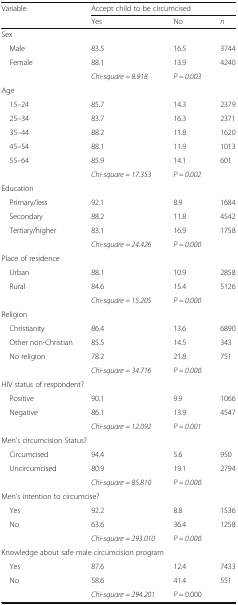
<table><thead><tr><td rowspan="2"><b>Variable</b></td><td colspan="3"><b>Accept child to be circumcised</b></td></tr><tr><td><b>Yes</b></td><td><b>No</b></td><td><b><i>n</i></b></td></tr></thead><tbody><tr><td colspan="4">Sex</td></tr><tr><td> Male</td><td>83.5</td><td>16.5</td><td>3744</td></tr><tr><td> Female</td><td>88.1</td><td>13.9</td><td>4240</td></tr><tr><td></td><td><i>Chi-square = 8.918</i></td><td><i>P = 0.003</i></td><td></td></tr><tr><td colspan="4">Age</td></tr><tr><td> 15–24</td><td>85.7</td><td>14.3</td><td>2379</td></tr><tr><td> 25–34</td><td>83.7</td><td>16.3</td><td>2371</td></tr><tr><td> 35–44</td><td>88.2</td><td>11.8</td><td>1620</td></tr><tr><td> 45–54</td><td>88.1</td><td>11.9</td><td>1013</td></tr><tr><td> 55–64</td><td>85.9</td><td>14.1</td><td>601</td></tr><tr><td></td><td><i>Chi-square = 17.353</i></td><td><i>P = 0.002</i></td><td></td></tr><tr><td colspan="4">Education</td></tr><tr><td> Primary/less</td><td>92.1</td><td>8.9</td><td>1684</td></tr><tr><td> Secondary</td><td>88.2</td><td>11.8</td><td>4542</td></tr><tr><td> Tertiary/higher</td><td>83.1</td><td>16.9</td><td>1758</td></tr><tr><td></td><td><i>Chi-square = 24.426</i></td><td><i>P = 0.000</i></td><td></td></tr><tr><td colspan="4">Place of residence</td></tr><tr><td> Urban</td><td>88.1</td><td>10.9</td><td>2858</td></tr><tr><td> Rural</td><td>84.6</td><td>15.4</td><td>5126</td></tr><tr><td></td><td><i>Chi-square = 15.205</i></td><td><i>P = 0.000</i></td><td></td></tr><tr><td colspan="4">Religion</td></tr><tr><td> Christianity</td><td>86.4</td><td>13.6</td><td>6890</td></tr><tr><td> Other non-Christian</td><td>85.5</td><td>14.5</td><td>343</td></tr><tr><td> No religion</td><td>78.2</td><td>21.8</td><td>751</td></tr><tr><td></td><td><i>Chi-square = 34.716</i></td><td><i>P = 0.000</i></td><td></td></tr><tr><td colspan="4">HIV status of respondent?</td></tr><tr><td> Positive</td><td>90.1</td><td>9.9</td><td>1066</td></tr><tr><td> Negative</td><td>86.1</td><td>13.9</td><td>4547</td></tr><tr><td></td><td><i>Chi-square = 12.092</i></td><td><i>P = 0.001</i></td><td></td></tr><tr><td colspan="4">Men’s circumcision Status?</td></tr><tr><td> Circumcised</td><td>94.4</td><td>5.6</td><td>950</td></tr><tr><td> Uncircumcised</td><td>80.9</td><td>19.1</td><td>2794</td></tr><tr><td></td><td><i>Chi-square = 85.810</i></td><td><i>P = 0.000</i></td><td></td></tr><tr><td colspan="4">Men’s intention to circumcise?</td></tr><tr><td> Yes</td><td>92.2</td><td>8.8</td><td>1536</td></tr><tr><td> No</td><td>63.6</td><td>36.4</td><td>1258</td></tr><tr><td></td><td><i>Chi-square = 293.010</i></td><td><i>P = 0.000</i></td><td></td></tr><tr><td colspan="4">Knowledge about safe male circumcision program</td></tr><tr><td> Yes</td><td>87.6</td><td>12.4</td><td>7433</td></tr><tr><td> No</td><td>58.6</td><td>41.4</td><td>551</td></tr><tr><td></td><td><i>Chi-square = 294.201</i></td><td><i>P</i> = 0.000</td><td></td></tr></tbody></table>